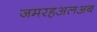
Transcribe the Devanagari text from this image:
जमरहअलअब